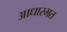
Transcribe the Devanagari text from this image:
आधारभत